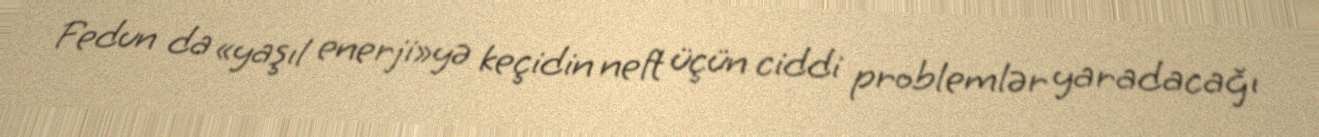
Fedun da «yaşıl enerji»yə keçidin neft üçün ciddi problemlər yaradacağı